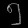
Digit: ၅